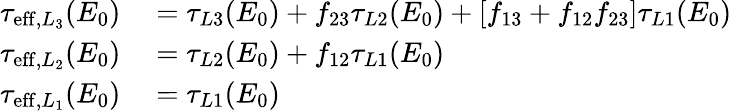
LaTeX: \begin{array}{rl}{\tau_{\mathrm{eff},L_{3}}(E_{0})}&{{}=\tau_{L3}(E_{0})+f_{23}\tau_{L2}(E_{0})+[f_{13}+f_{12}f_{23}]\tau_{L1}(E_{0})}\\ {\tau_{\mathrm{eff},L_{2}}(E_{0})}&{{}=\tau_{L2}(E_{0})+f_{12}\tau_{L1}(E_{0})}\\ {\tau_{\mathrm{eff},L_{1}}(E_{0})}&{{}=\tau_{L1}(E_{0})}\end{array}